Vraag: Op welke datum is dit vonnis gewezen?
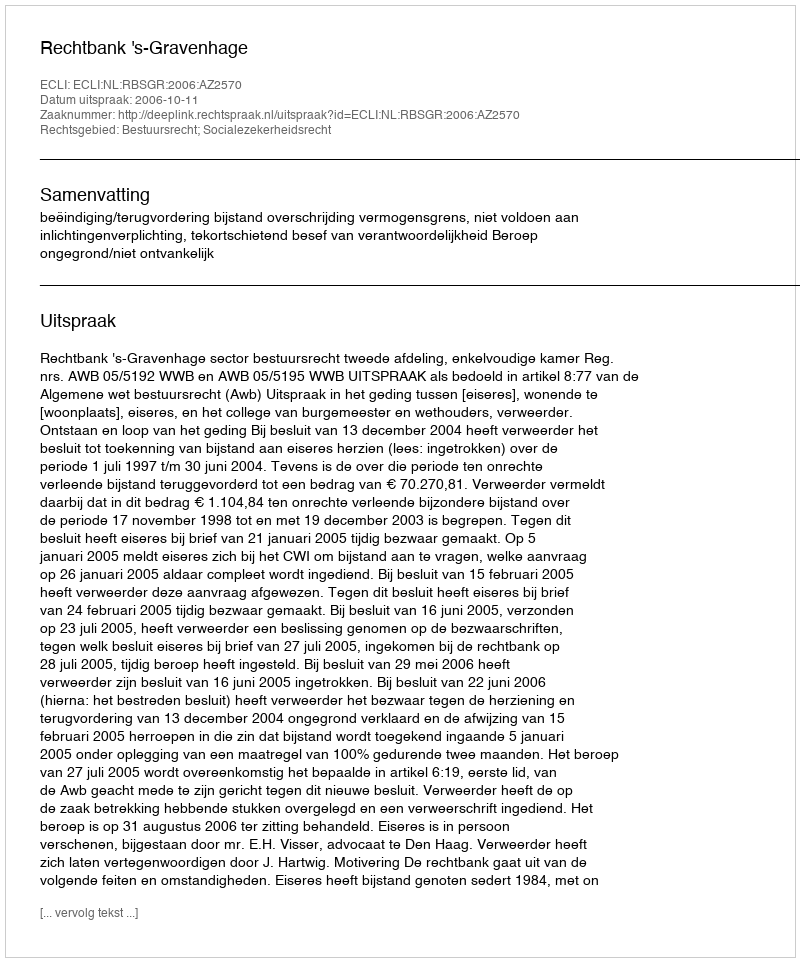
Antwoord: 2006-10-11